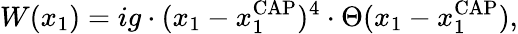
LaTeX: W(x_{1})=ig\cdot(x_{1}-x_{1}^{\mathrm{CAP}})^{4}\cdot\Theta(x_{1}-x_{1}^{\mathrm{CAP}}),